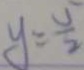
y = \frac { v } { 2 }